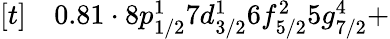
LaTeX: \begin{array}{rl}{[t]}&{{}0.81\cdot 8p_{1/2}^{1}7d_{3/2}^{1}6f_{5/2}^{2}5g_{7/2}^{4}+}\end{array}